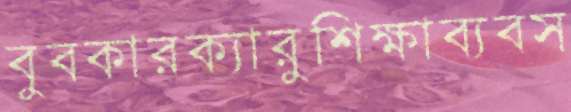
বুবকারক্যারুশিক্ষাব্যবস